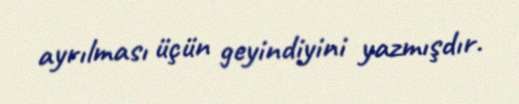
ayrılması üçün geyindiyini yazmışdır.